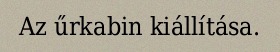
Az űrkabin kiállítása.